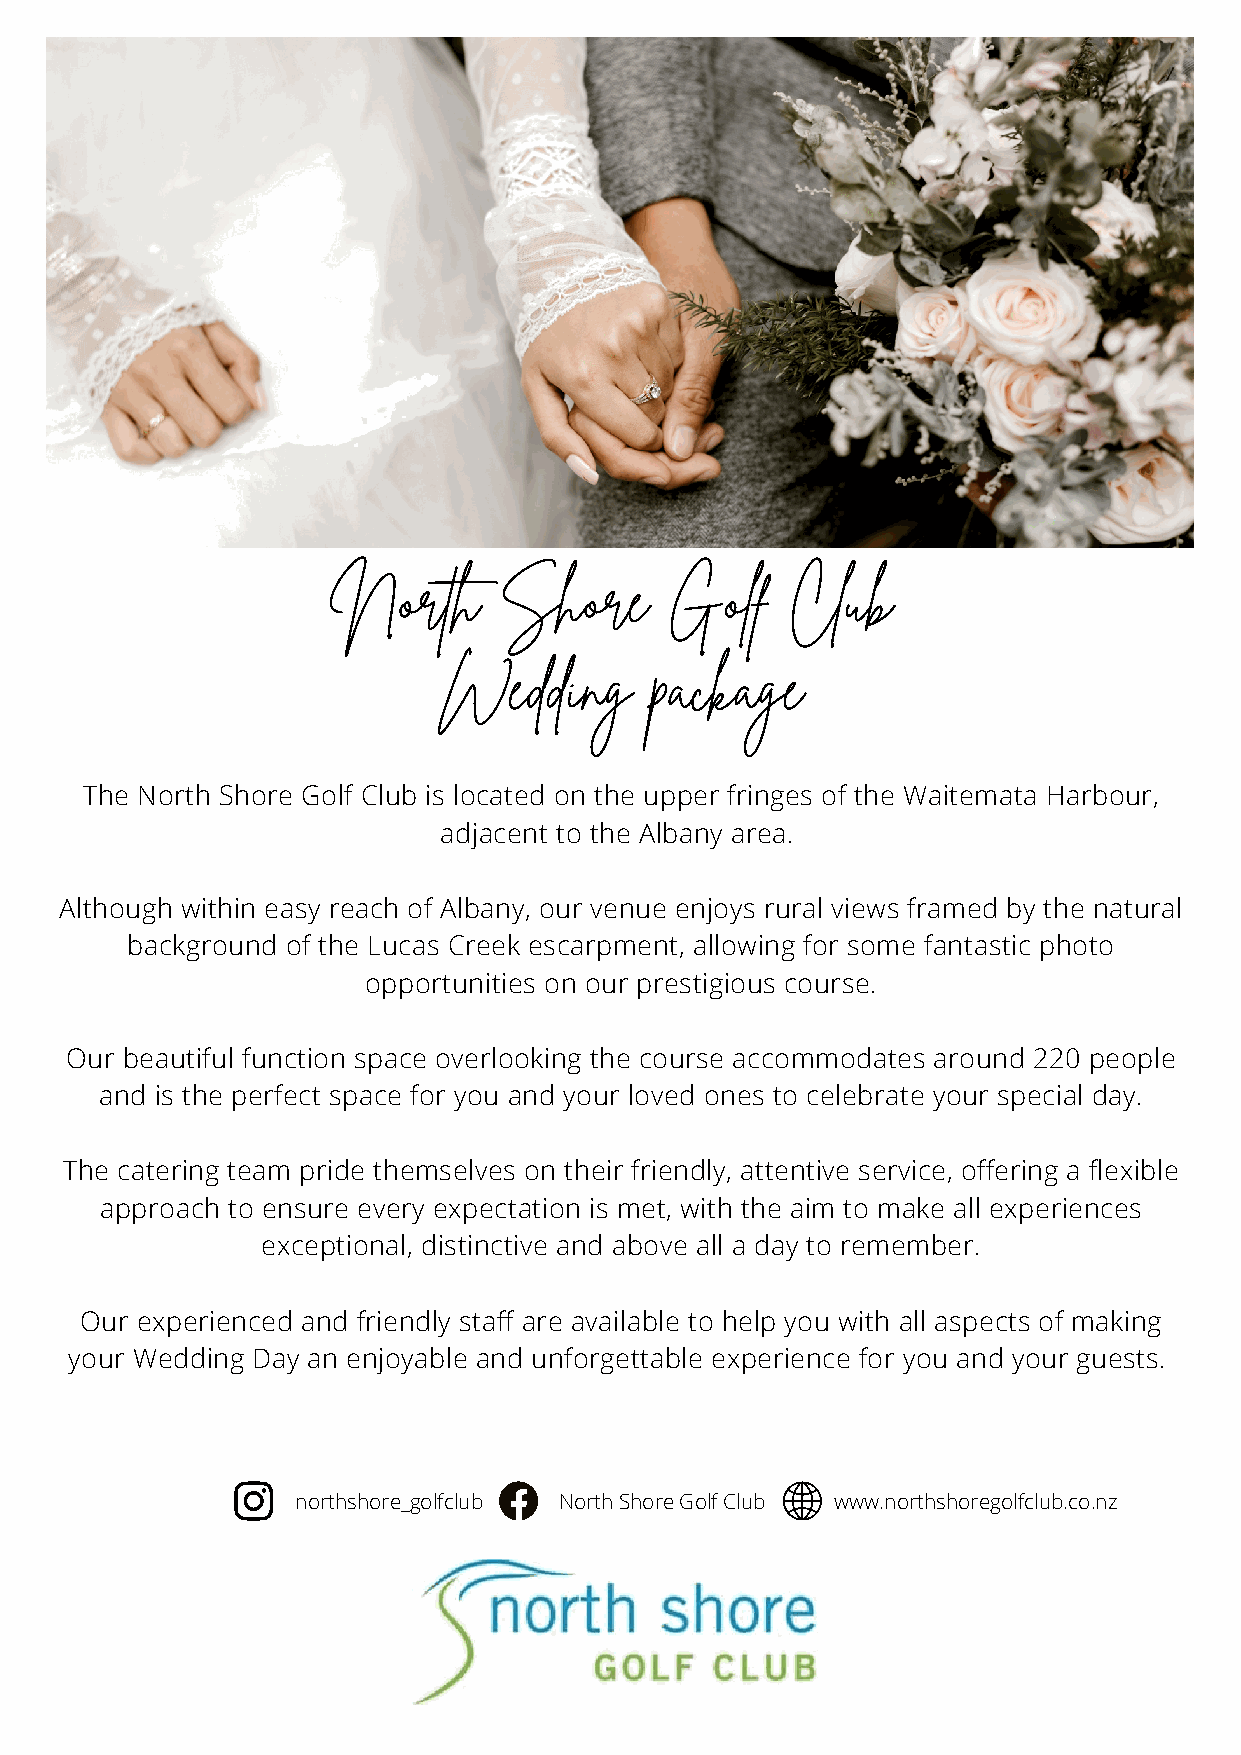
North      Shore      Golf    Club
 Wedding       package
 The North Shore Golf Club is located on the upper fringes of the Waitemata Harbour,
 adjacent to the Albany area.
 Although within easy reach of Albany, our venue enjoys rural views framed by the natural
 background of the Lucas Creek escarpment, allowing for some fantastic photo
 opportunities on our prestigious course.
 Our beautiful function space overlooking the course accommodates around 220 people
 and is the perfect space for you and your loved ones to celebrate your special day.
 The catering team pride themselves on their friendly, attentive service, offering a flexible
 approach to ensure every expectation is met, with the aim to make all experiences
 exceptional, distinctive and above all a day to remember.
 Our experienced and friendly staff are available to help you with all aspects of making
 your Wedding Day an enjoyable and unforgettable experience for you and your guests.
 northshore_golfclub North Shore Golf Club www.northshoregolfclub.co.nz